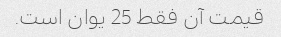
قیمت آن فقط 25 یوان است.